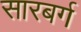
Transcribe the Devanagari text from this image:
सारबर्ग